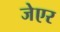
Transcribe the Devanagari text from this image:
जेएर